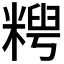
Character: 𫃈